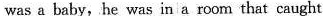
was a baby, he was in a room that caught